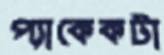
প্যাকেকটা